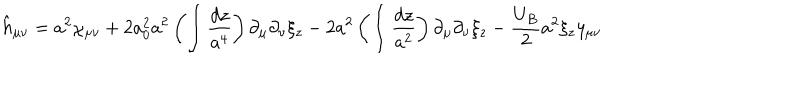
\hat { h } _ { \mu \nu } = a ^ { 2 } \chi _ { \mu \nu } + 2 a _ { 0 } ^ { 2 } a ^ { 2 } \left( \int \frac { d z } { a ^ { 4 } } \right) \partial _ { \mu } \partial _ { \nu } \xi _ { z } - 2 a ^ { 2 } \left( \int \frac { d z } { a ^ { 2 } } \right) \partial _ { \mu } \partial _ { \nu } \xi _ { z } - \frac { U _ { B } } { 2 } a ^ { 2 } \xi _ { z } \eta _ { \mu \nu }